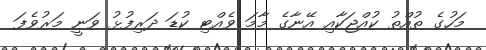
މަހުގެ ތުއްތު ކުއްޖަކާއި އޭނާގެ މާމަ ވެއްޓި ކުޑަ ދަރިފުޅު ވަނީ މަރުވެފަ